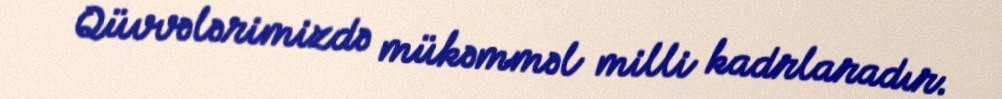
Qüvvələrimizdə mükəmməl milli kadrlaradır.